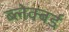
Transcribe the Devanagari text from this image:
ब्लेक्बर्ड